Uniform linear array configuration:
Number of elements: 24
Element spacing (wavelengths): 0.5
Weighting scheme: hann
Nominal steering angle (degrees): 30
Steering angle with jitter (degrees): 30.121
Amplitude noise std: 0.05
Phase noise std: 0.05

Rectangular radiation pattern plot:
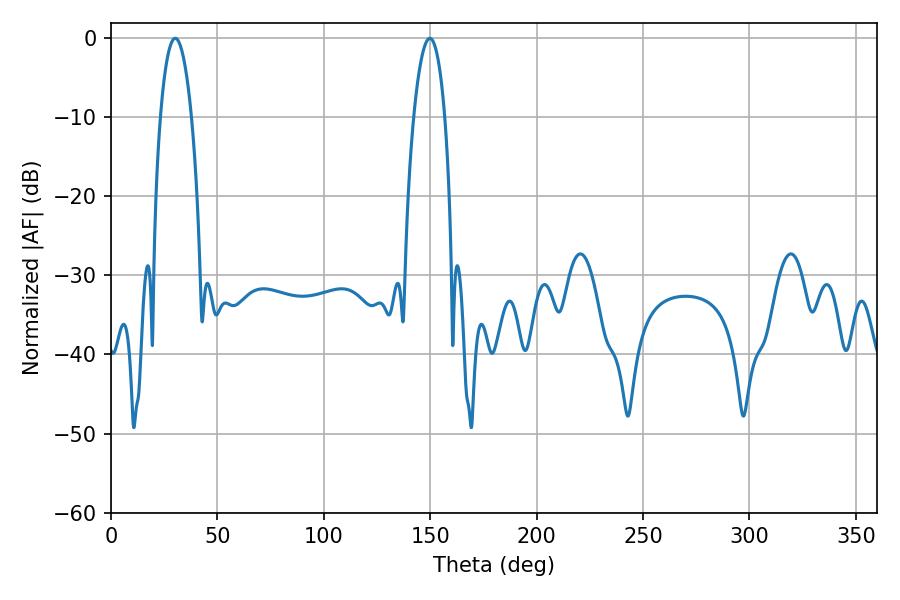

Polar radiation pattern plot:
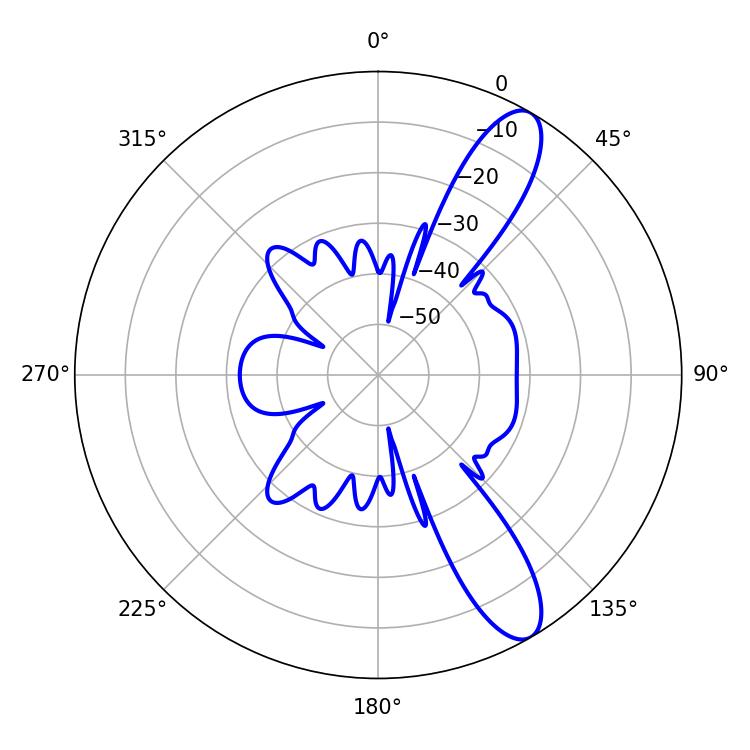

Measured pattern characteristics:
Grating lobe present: FALSE
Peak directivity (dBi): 11.159
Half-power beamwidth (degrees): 8.1
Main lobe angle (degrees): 30.24